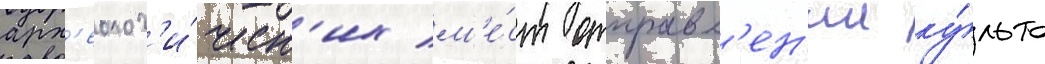
арх'еолог'и́ческ'их м'е́ст отправл'ен'ии ку́льта